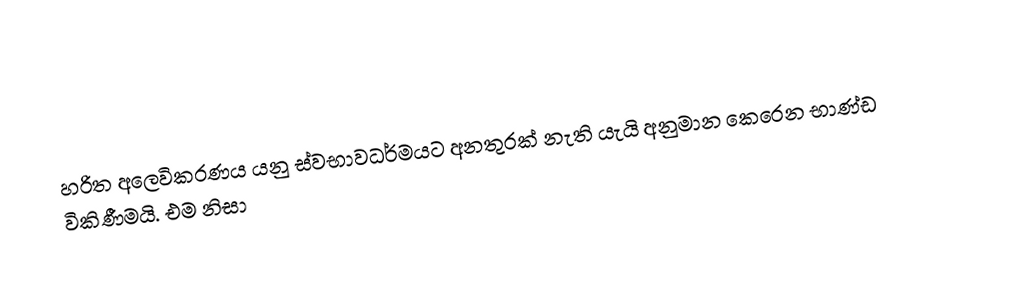
හරිත අලෙවිකරණය යනු ස්වභාවධර්මයට අනතුරක් නැති ‍යැ‍යි අනුමාන කෙරෙන භාණ්ඩ විකිණීමයි. එම නිසා